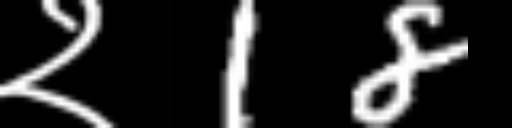
Text: २18